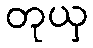
တုယှ